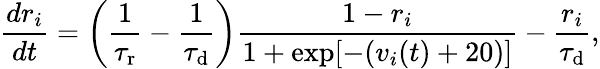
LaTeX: \frac{dr_{i}}{dt}=\left(\frac{1}{\tau_{\mathrm{r}}}-\frac{1}{\tau_{\mathrm{d}}}\right)\frac{1-r_{i}}{1+\exp[-(v_{i}(t)+20)]}-\frac{r_{i}}{\tau_{\mathrm{d}}},